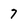
Character: 7